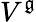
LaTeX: V^{\mathfrak{g}}